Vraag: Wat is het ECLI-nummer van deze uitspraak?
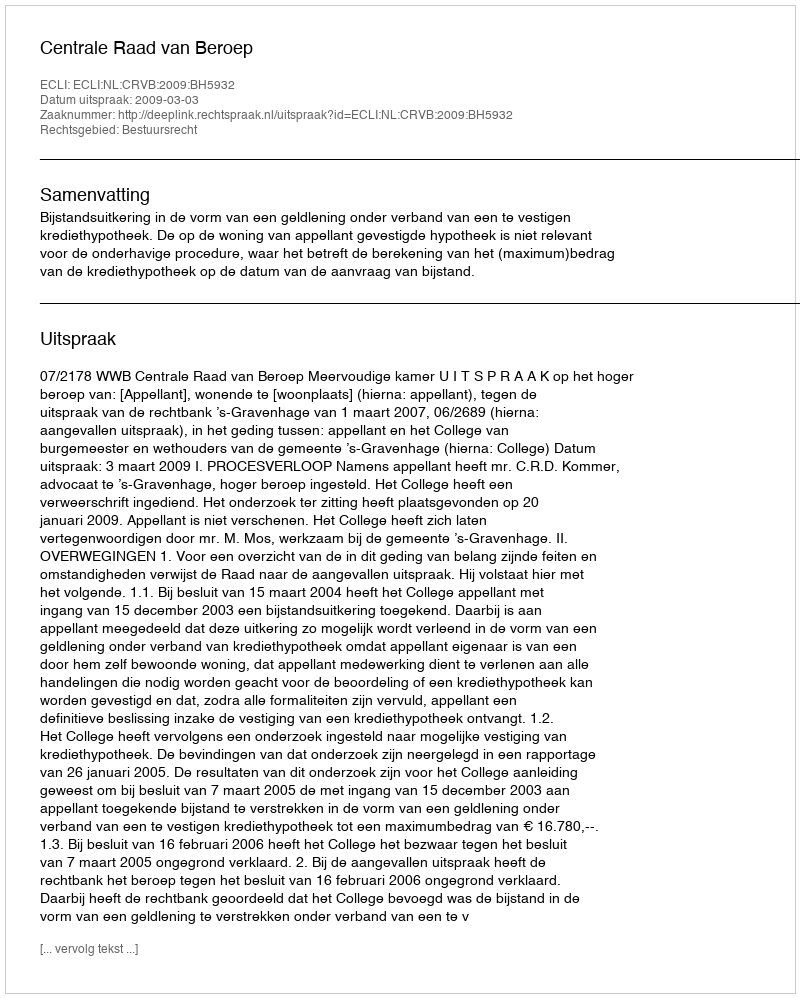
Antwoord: ECLI:NL:CRVB:2009:BH5932